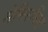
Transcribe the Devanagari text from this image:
सेमिरमिस